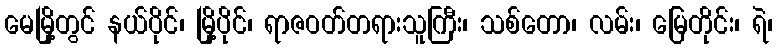
မေမြို့တွင် နယ်ပိုင်၊ မြို့ပိုင်၊ ရာဇဝတ်တရားသူကြီး၊ သစ်တော၊ လမ်း၊ မြေတိုင်း၊ ရဲ၊